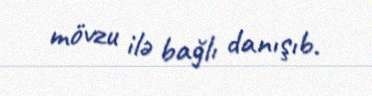
mövzu ilə bağlı danışıb.